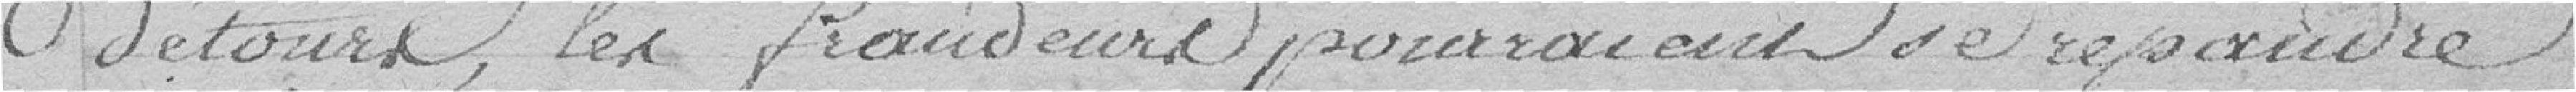
détours, les fraudeurs pourraient se répandre